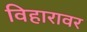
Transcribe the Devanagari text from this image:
विहारावर